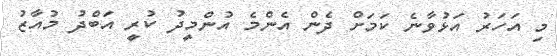
މި އަހަރު އަޅުވާނެ ކަމަށް ދެން އެންމެ އުންމީދު ކުރީ އަބްދު މުއާޒު